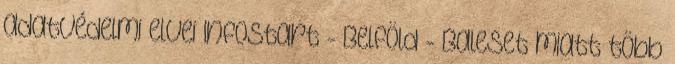
adatvédelmi elvei Infostart - Belföld - Baleset miatt több